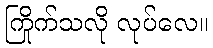
ကြိုက်သလို လုပ်လေ။